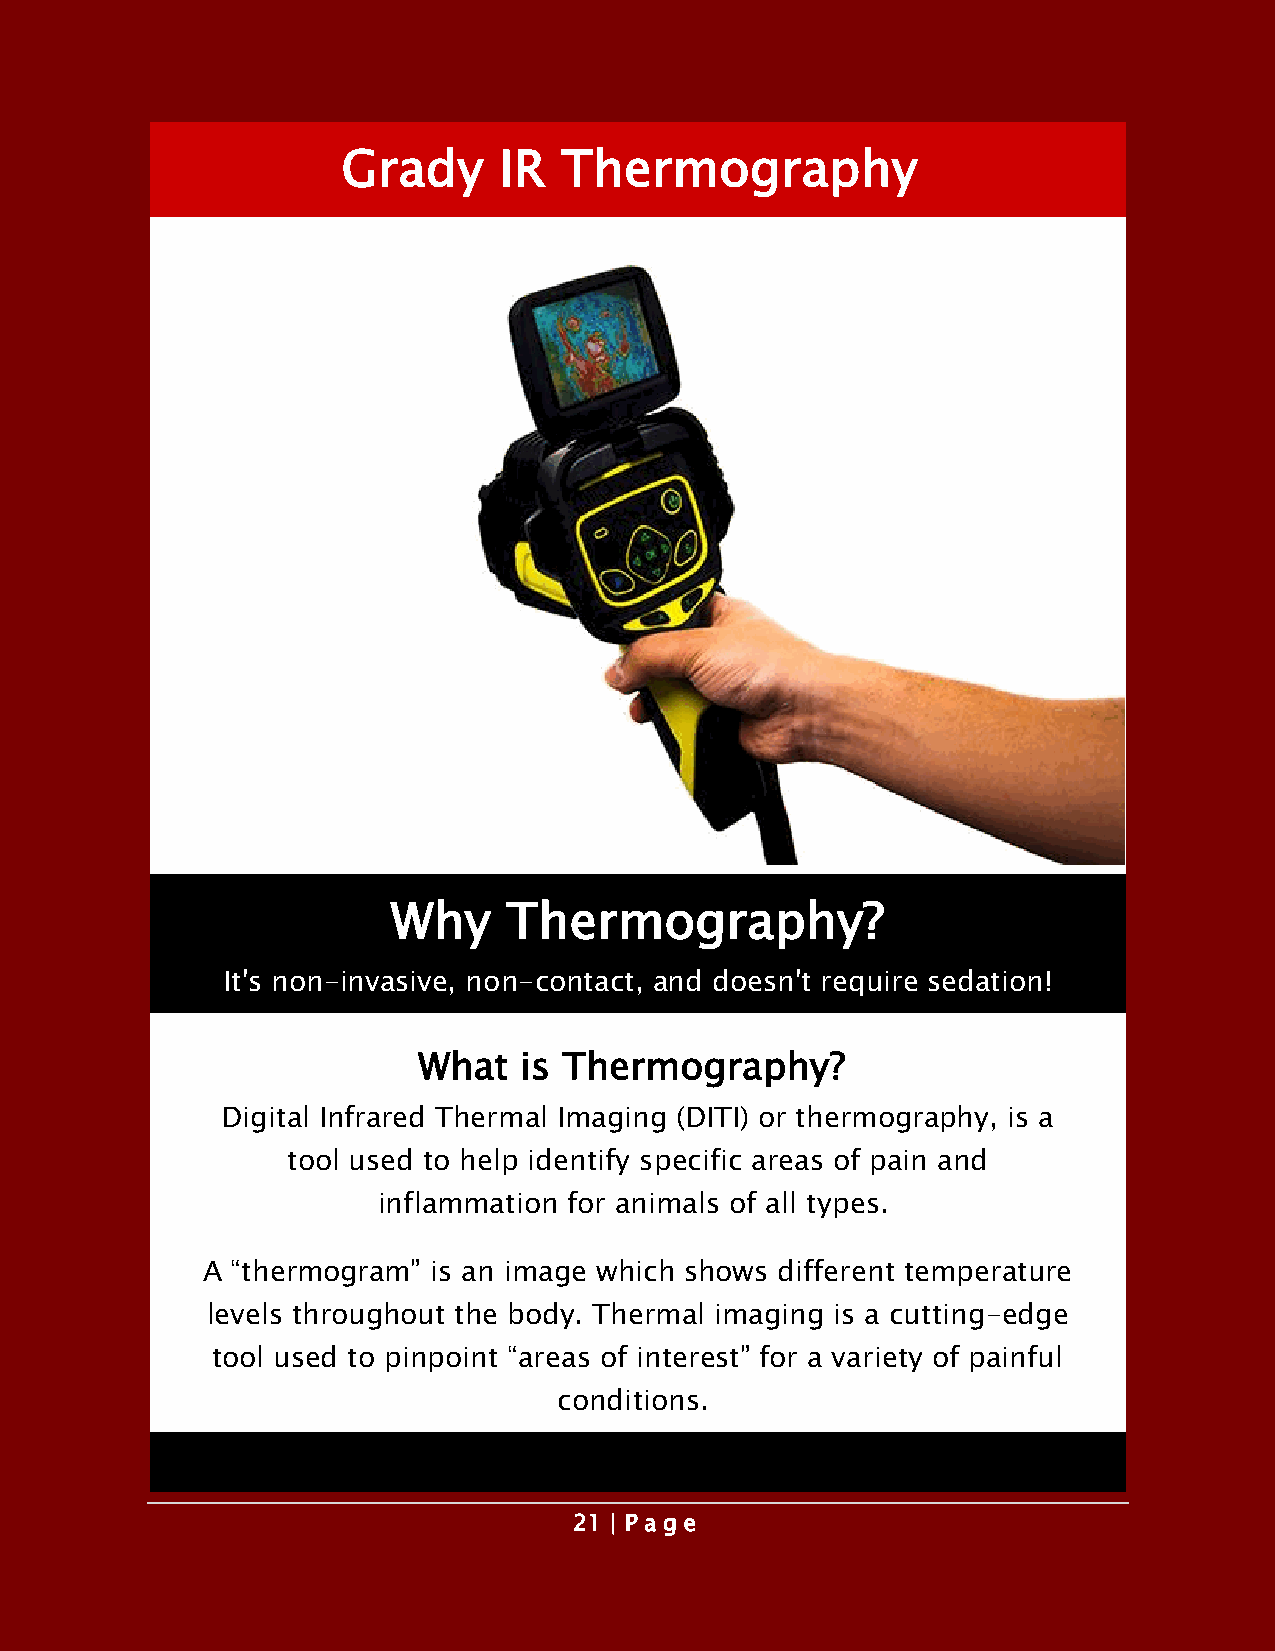
Grady     IR  Thermography
 Why     Thermography?
 It's non-invasive, non-contact, and doesn't require sedation!
 What  is Thermography?
 Digital Infrared Thermal Imaging (DITI) or thermography, is a
 tool used to help identify specific areas of pain and
 inflammation for animals of all types.
 A “thermogram”  is an image which shows different temperature
 levels throughout the body. Thermal imaging is a cutting-edge
 tool used to pinpoint “areas of interest” for a variety of painful
 conditions.
 21 | P a ge